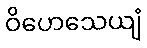
ဝိဟေသေယျံ